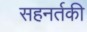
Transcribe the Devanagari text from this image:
सहनर्तकी